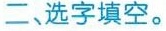
二、选字填空。